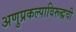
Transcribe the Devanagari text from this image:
अणुप्रकल्पाविरूद्धची